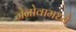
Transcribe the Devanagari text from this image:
जेनोवामध्ये